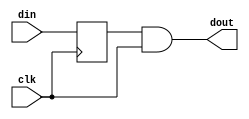
module top (
  input wire clk,
  input wire din,
  output wire dout
);
  reg temp;
  always @(posedge clk) begin
    temp <= din;
  end
  assign dout = temp & clk;
endmodule